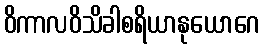
ဝိကာလဝိသိခါစရိယာနုယောဂေ